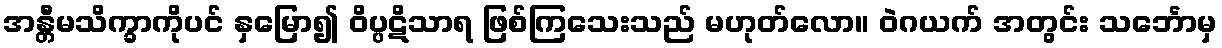
အန္တီမသိက္ခာကိုပင် နှမြော၍ ဝိပ္ပဋိသာရ ဖြစ်ကြသေးသည် မဟုတ်လော။ ဝဲဂယက် အတွင်း သင်္ဘောမှ